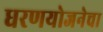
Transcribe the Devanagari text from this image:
धरणयोजनेचा